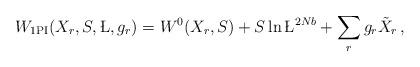
LaTeX: \begin{align*}W_{\rm 1PI} (X_{r},S,\L,g_{r}) = W^{0}(X_{r},S) + S\ln\L^{2Nb} + \sum_{r}g_{r}\tilde X_{r}\, ,\end{align*}